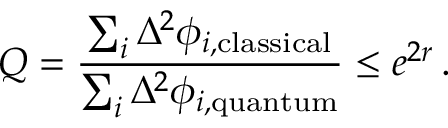
Q = \frac { \sum _ { i } \Delta ^ { 2 } \phi _ { i , \mathrm { c l a s s i c a l } } } { \sum _ { i } \Delta ^ { 2 } \phi _ { i , \mathrm { q u a n t u m } } } \leq e ^ { 2 r } \, .